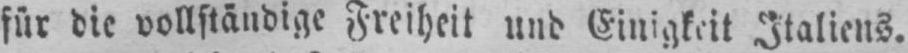
für die vollständige Freiheit und Einigkeit Italiens.